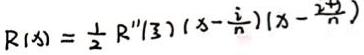
\[ R(x)=\frac{1}{2} R^{\prime \prime}(\beta)\left(x-\frac{i}{n}\right)\left(x-\frac{i+1}{n}\right) \]